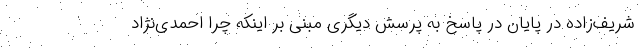
شریف‌زاده در پایان در پاسخ به پرسش دیگری مبنی بر اینکه چرا احمدی‌نژاد